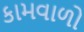
કામવાળો